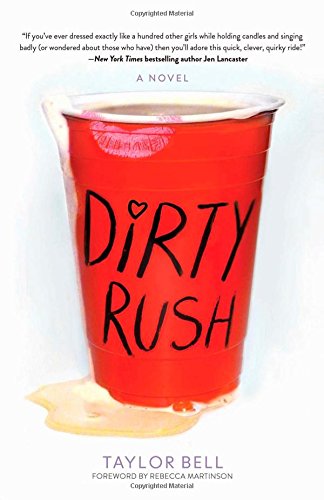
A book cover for Dirty Rush; Taylor Bell; Literature & Fiction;